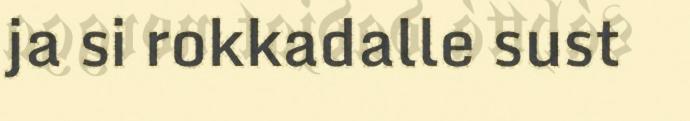
ja si rokkadalle sust